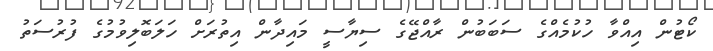
ކޯޓުން އިއްވާ ހުކުމެއްގެ ސަބަބުން ރާއްޖޭގެ ސިޔާސީ މައިދާން އިތުރަށް ހަލަބޮލިވުމުގެ ފުރުސަތު